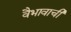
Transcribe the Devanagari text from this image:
वैभावाची